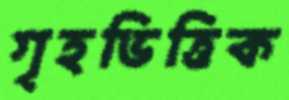
গৃহভিত্তিক